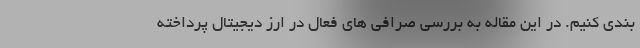
بندی کنیم. در این مقاله به بررسی صرافی های فعال در ارز دیجیتال پرداخته